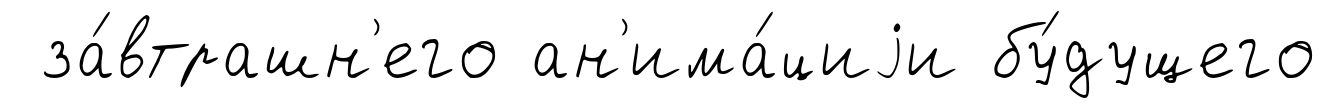
за́втрашн'его ан'има́циjи бу́дущего